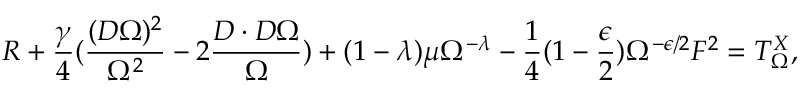
R + \frac { \gamma } { 4 } ( \frac { ( D \Omega ) ^ { 2 } } { \Omega ^ { 2 } } - 2 \frac { D \cdot D \Omega } { \Omega } ) + ( 1 - \lambda ) \mu \Omega ^ { - \lambda } - \frac { 1 } { 4 } ( 1 - \frac { \epsilon } { 2 } ) \Omega ^ { - \epsilon / 2 } F ^ { 2 } = T _ { \Omega } ^ { X } ,